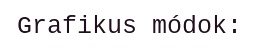
Grafikus módok: